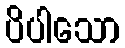
ပိပါသော